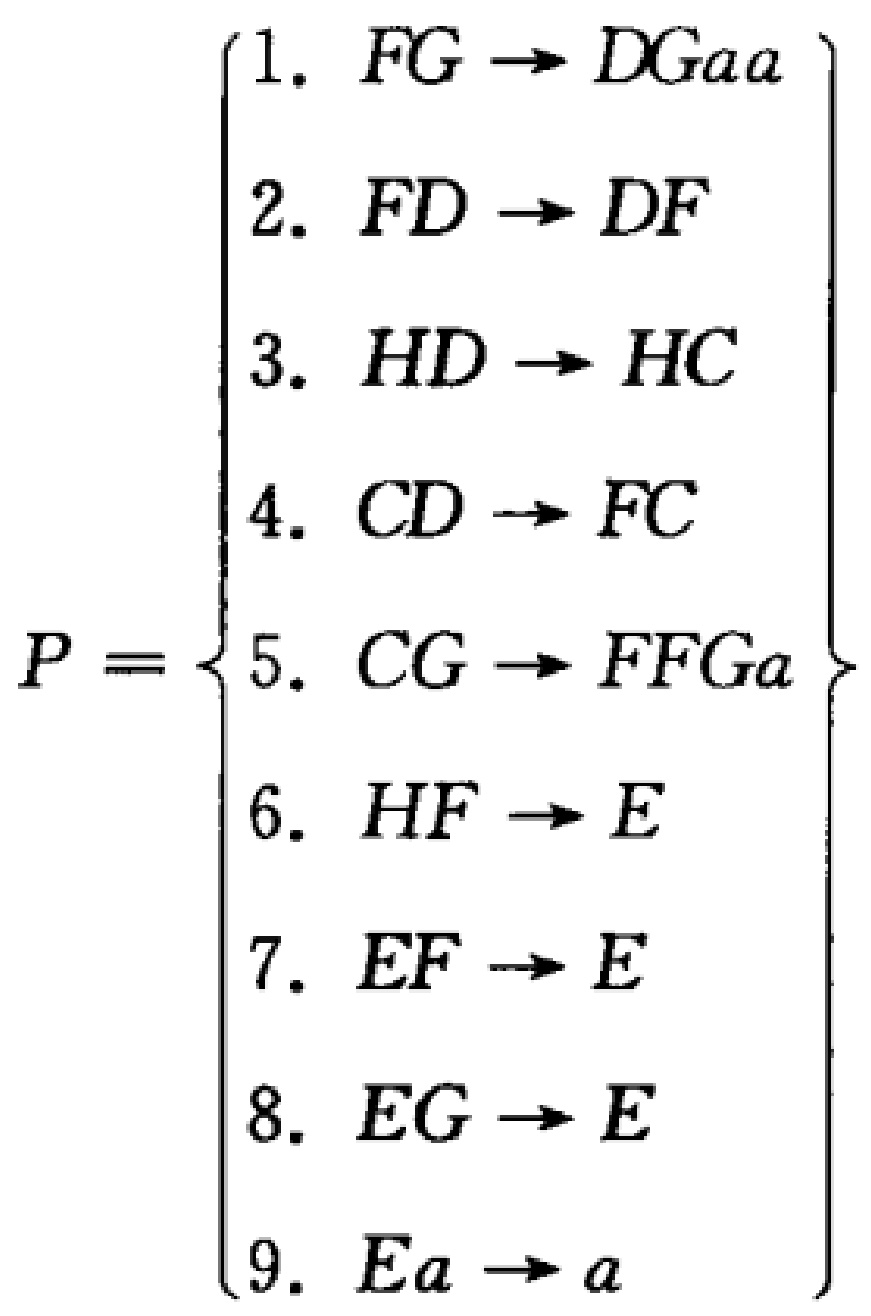
\[

P=\left\{

\begin{array}{l}

1.\ FG\rightarrow DGaa\\

2.\ FD\rightarrow DF\\

3.\ HD\rightarrow HC\\

4.\ CD\rightarrow FC\\

5.\ CG\rightarrow FFGa\\

6.\ HF\rightarrow E\\

7.\ EF\rightarrow E\\

8.\ EG\rightarrow E\\

9.\ Ea\rightarrow a

\end{array}

\right\}

\]